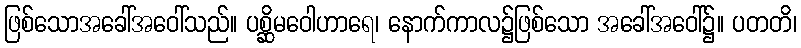
ဖြစ်သောအခေါ်အဝေါ်သည်။ ပစ္ဆိမဝေါဟာရေ၊ နောက်ကာလ၌ဖြစ်သော အခေါ်အဝေါ်၌။ ပတတိ၊